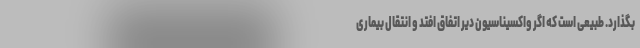
بگذارد. طبیعی است که اگر واکسیناسیون دیر اتفاق افتد و انتقال بیماری